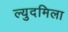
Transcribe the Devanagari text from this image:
ल्युदमिला